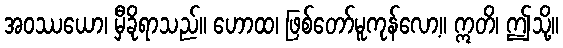
အဝဿယော၊ မှီခိုရာသည်။ ဟောထ၊ ဖြစ်တော်မူကုန်လော့။ ဣတိ၊ ဤသို့။